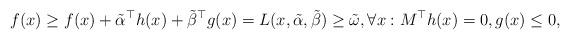
LaTeX: \begin{align*}f(x) \geq f(x) + \tilde\alpha^\top h(x) + \tilde \beta^\top g(x) = L(x, \tilde \alpha, \tilde \beta) \geq \tilde \omega, \forall x: M^\top h(x)=0, g(x)\leq 0,\end{align*}